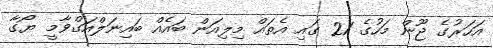
އަހަރުގެ ޖޫން މަހުގެ 21 ގައި އެތައް މިލިއަން ބައެއް ބައިނަލްއަގްވާމީ ޔޯގާ